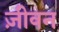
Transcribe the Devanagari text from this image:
ज़ीवन